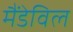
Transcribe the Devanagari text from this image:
मैंडेविल